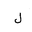
Letter: _lam